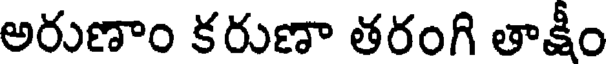
అరుణాం కరుణా తరంగి తాక్షీం